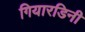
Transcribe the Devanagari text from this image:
गियारडिनी